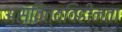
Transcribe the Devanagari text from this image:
अस्तित्वविहीनता